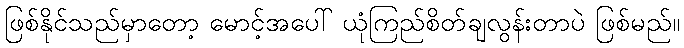
ဖြစ်နိုင်သည်မှာတော့ မောင့်အပေါ် ယုံကြည်စိတ်ချလွန်းတာပဲ ဖြစ်မည်။